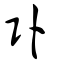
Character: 臥